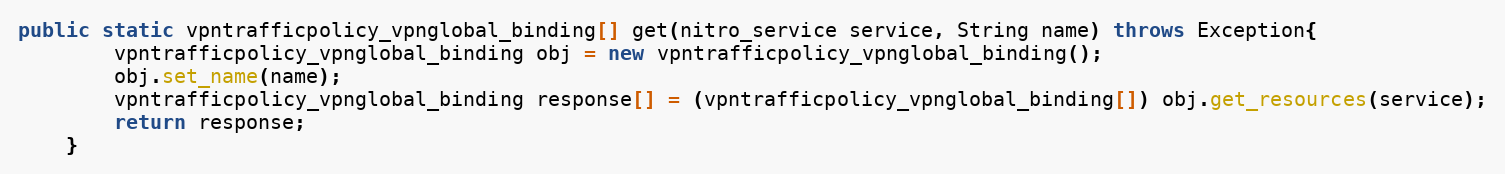
Language: Java
public static vpntrafficpolicy_vpnglobal_binding[] get(nitro_service service, String name) throws Exception{
		vpntrafficpolicy_vpnglobal_binding obj = new vpntrafficpolicy_vpnglobal_binding();
		obj.set_name(name);
		vpntrafficpolicy_vpnglobal_binding response[] = (vpntrafficpolicy_vpnglobal_binding[]) obj.get_resources(service);
		return response;
	}